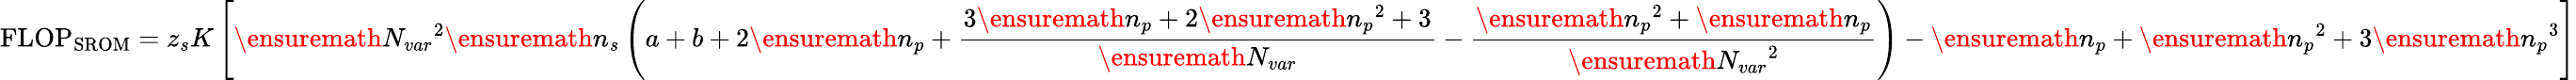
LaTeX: \mathrm{FLOP}_{\mathrm{SROM}}=z_{s}K\left[\ensuremath{N_{var}}^{2}\ensuremath{n_{s}}\left(a+b+2\ensuremath{n_{p}}+\frac{3\ensuremath{n_{p}}+2\ensuremath{n_{p}}^{2}+3}{\ensuremath{N_{var}}}-\frac{\ensuremath{n_{p}}^{2}+\ensuremath{n_{p}}}{\ensuremath{N_{var}}^{2}}\right)-\ensuremath{n_{p}}+\ensuremath{n_{p}}^{2}+3\ensuremath{n_{p}}^{3}\right]